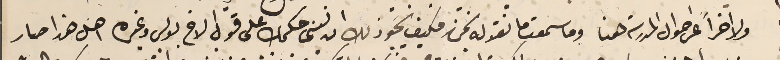
ولا اخراً عن احوال المدرسة هنا وما سمعت ما نقوله نحن فكيف يجوز ذلك ان ننسَى حكمك على قول الاخ بولس وغيره اهل هذا صار